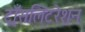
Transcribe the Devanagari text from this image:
ट्राँसलिटरेशन